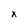
Character: x